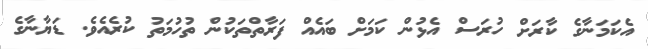
އެކަމަނާގެ ކާރަށް ހުރަސް އެޅުން ކަމަށް ބައެއް ފަރާތްތަކުން ތުހުމަތު ކުރެއެވެ. ޑަޔާނާގެ